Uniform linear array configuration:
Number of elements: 48
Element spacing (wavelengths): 1
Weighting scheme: cosine
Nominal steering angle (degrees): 30
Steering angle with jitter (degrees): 29.317
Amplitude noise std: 0.05
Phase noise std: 0.05

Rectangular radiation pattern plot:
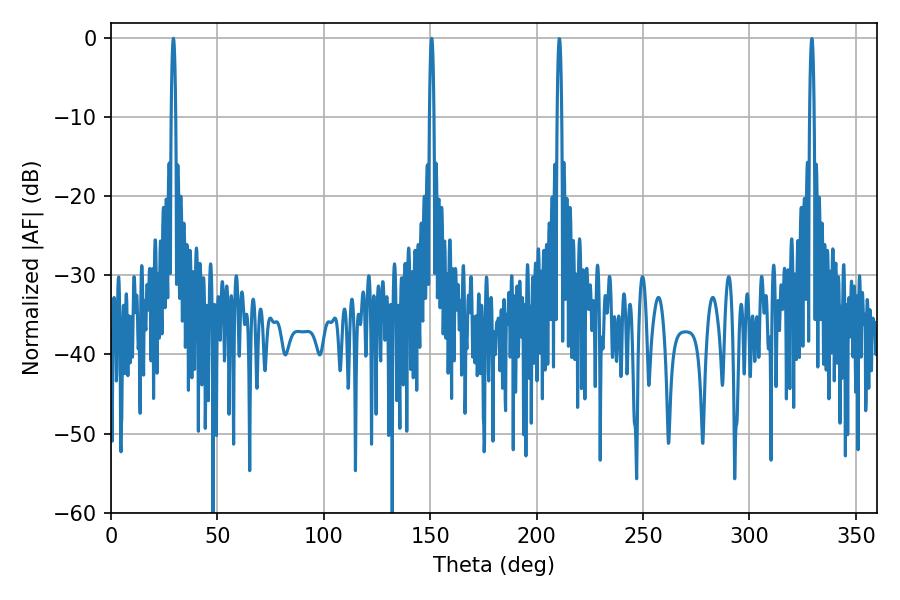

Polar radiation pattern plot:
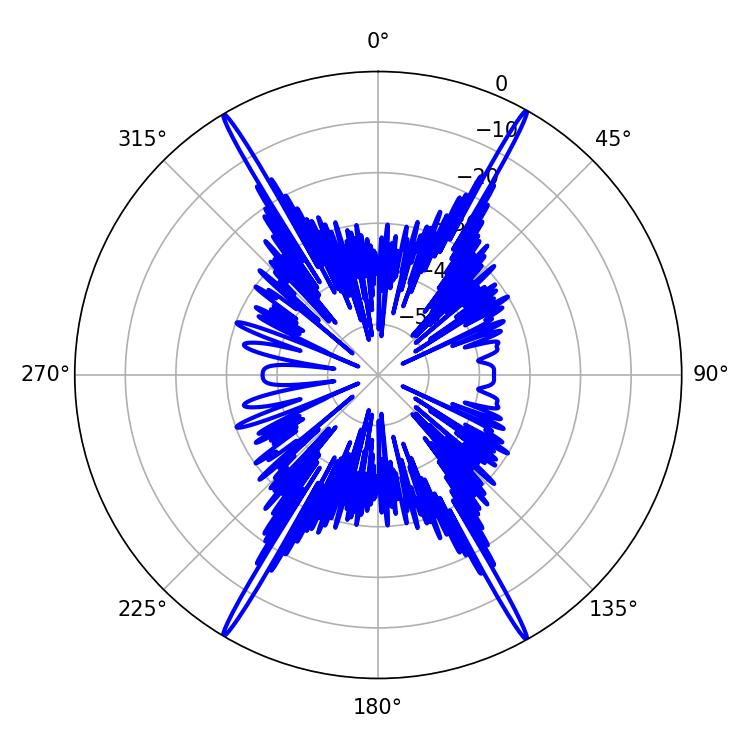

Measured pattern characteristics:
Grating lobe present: TRUE
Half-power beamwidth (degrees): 1.08
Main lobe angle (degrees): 150.66